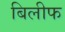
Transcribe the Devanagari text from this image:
बिलीफ